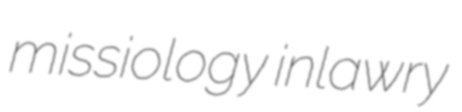
missiology inlawry